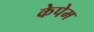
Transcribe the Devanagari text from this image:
केपेम